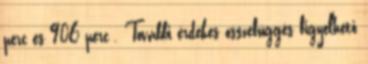
perc és 906 perc . További érdekes összefüggés figyelhető